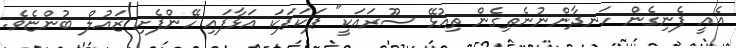
އެއީ ފެނިގެން ހަނދާންނުނެތިގެން ތިއުޅޭ ސޫރައަކީ" ޕަކަޕަކަ އަޅާފައި ހޭންފެށި ޒައުލް ބުންޏެވެ.